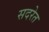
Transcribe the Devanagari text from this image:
सदरेत